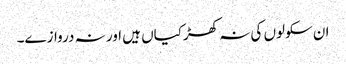
ان سکولوں کی نہ کھڑکیاں ہیں اور نہ دروازے۔